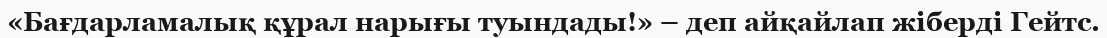
«Бағдарламалық құрал нарығы туындады!» – деп айқайлап жіберді Гейтс.